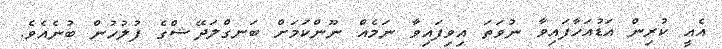
އެއީ ކުރިން އަޑުއަހާފައިވާ ނުވަތަ އިވިފައިވާ ނަމެއް ނޫންކަމަށް ބަނގްލަދޭޝްގެ ފުލުހުން ބުނެއެވެ.